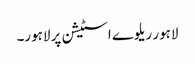
لاہور ریلوے اسٹیشن پر لاہور۔